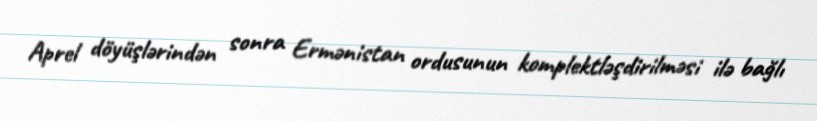
Aprel döyüşlərindən sonra Ermənistan ordusunun komplektləşdirilməsi ilə bağlı